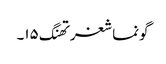
گونماشغرتھنگ ۱۵۔